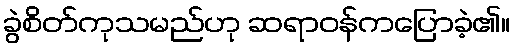
ခွဲစိတ်ကုသမည်ဟု ဆရာဝန်ကပြောခဲ့၏။